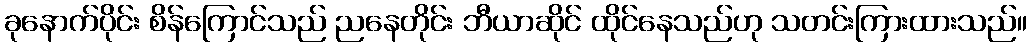
ခုနောက်ပိုင်း စိန်ကြောင်သည် ညနေတိုင်း ဘီယာဆိုင် ထိုင်နေသည်ဟု သတင်းကြားထားသည်။